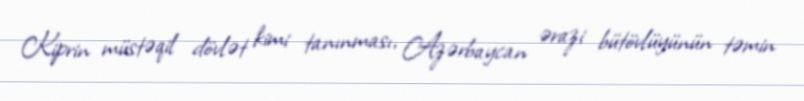
Kiprin müstəqil dövlət kimi tanınması, Azərbaycan ərazi bütövlüyünün təmin